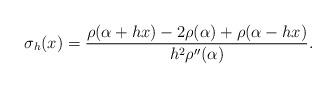
LaTeX: \begin{align*} \sigma_h(x) = \frac{\rho(\alpha + hx) - 2\rho(\alpha) + \rho(\alpha - hx)}{h^2 \rho''(\alpha)}.\end{align*}